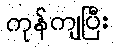
ကုန်ကျပြီး